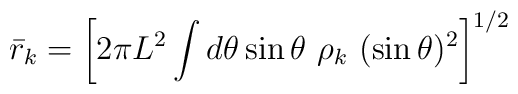
{\bar r_k} = \left[ 2 \pi L^2 \int d\theta \sin{\theta} \ \rho_k \ (\sin\theta)^2 \right]^{1/2}